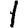
Digit: 1